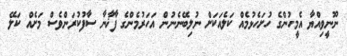
ނޫނީވިއްޔާ އެމީހުންގެ ހުށަހެޅުމެއް ކަލެއަކަށް ނުލިބޭނެނުން އަހަރުމެންގެ ފާޚާނާ ސާފުކުރަންވެސް މަށެއް ކަލޭ